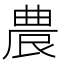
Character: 𭆒